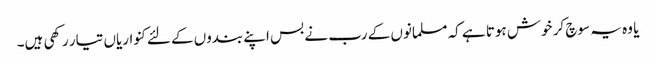
یا وہ یہ سوچ کر خوش ہوتا ہے کہ مسلمانوں کے رب نے بس اپنے بندوں کے لئےکنواریاں تیار رکھی ہیں۔